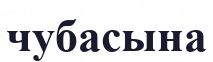
чубасына